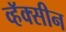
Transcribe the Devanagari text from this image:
व्हॅक्सीन